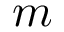
m